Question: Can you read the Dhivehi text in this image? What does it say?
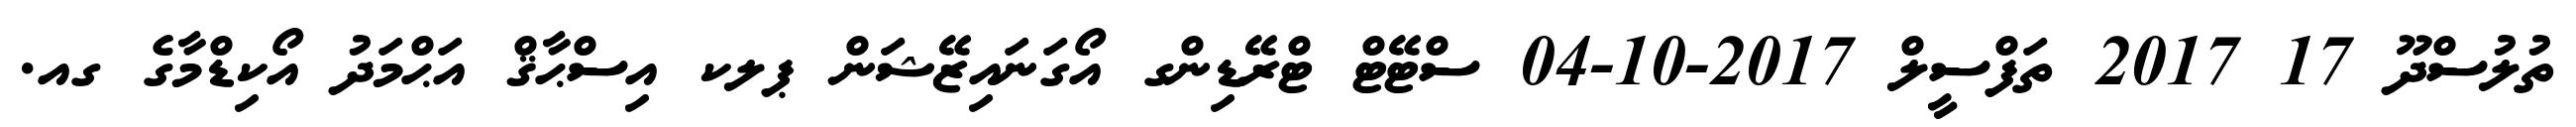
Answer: ތުލުސްދޫ 17 2017 ތަފްސީލް 2017-10-04 ސްޓޭޓް ޓްރޭޑިންގ އޯގަނައިޒޭޝަން ޕލކ އިސްޙާޤް އަޙްމަދު އޯކިޑްމާގެ ގއ.